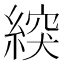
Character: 𦂽